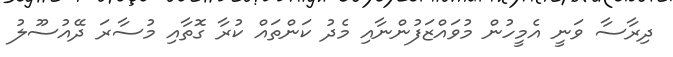
ދިރާސާ ވަނީ އެމީހުން މުވައްޒަފުންނާއި މެދު ކަންތައް ކުރާ ގޮތާއި މުސާރަ ދޭއުސޫލު